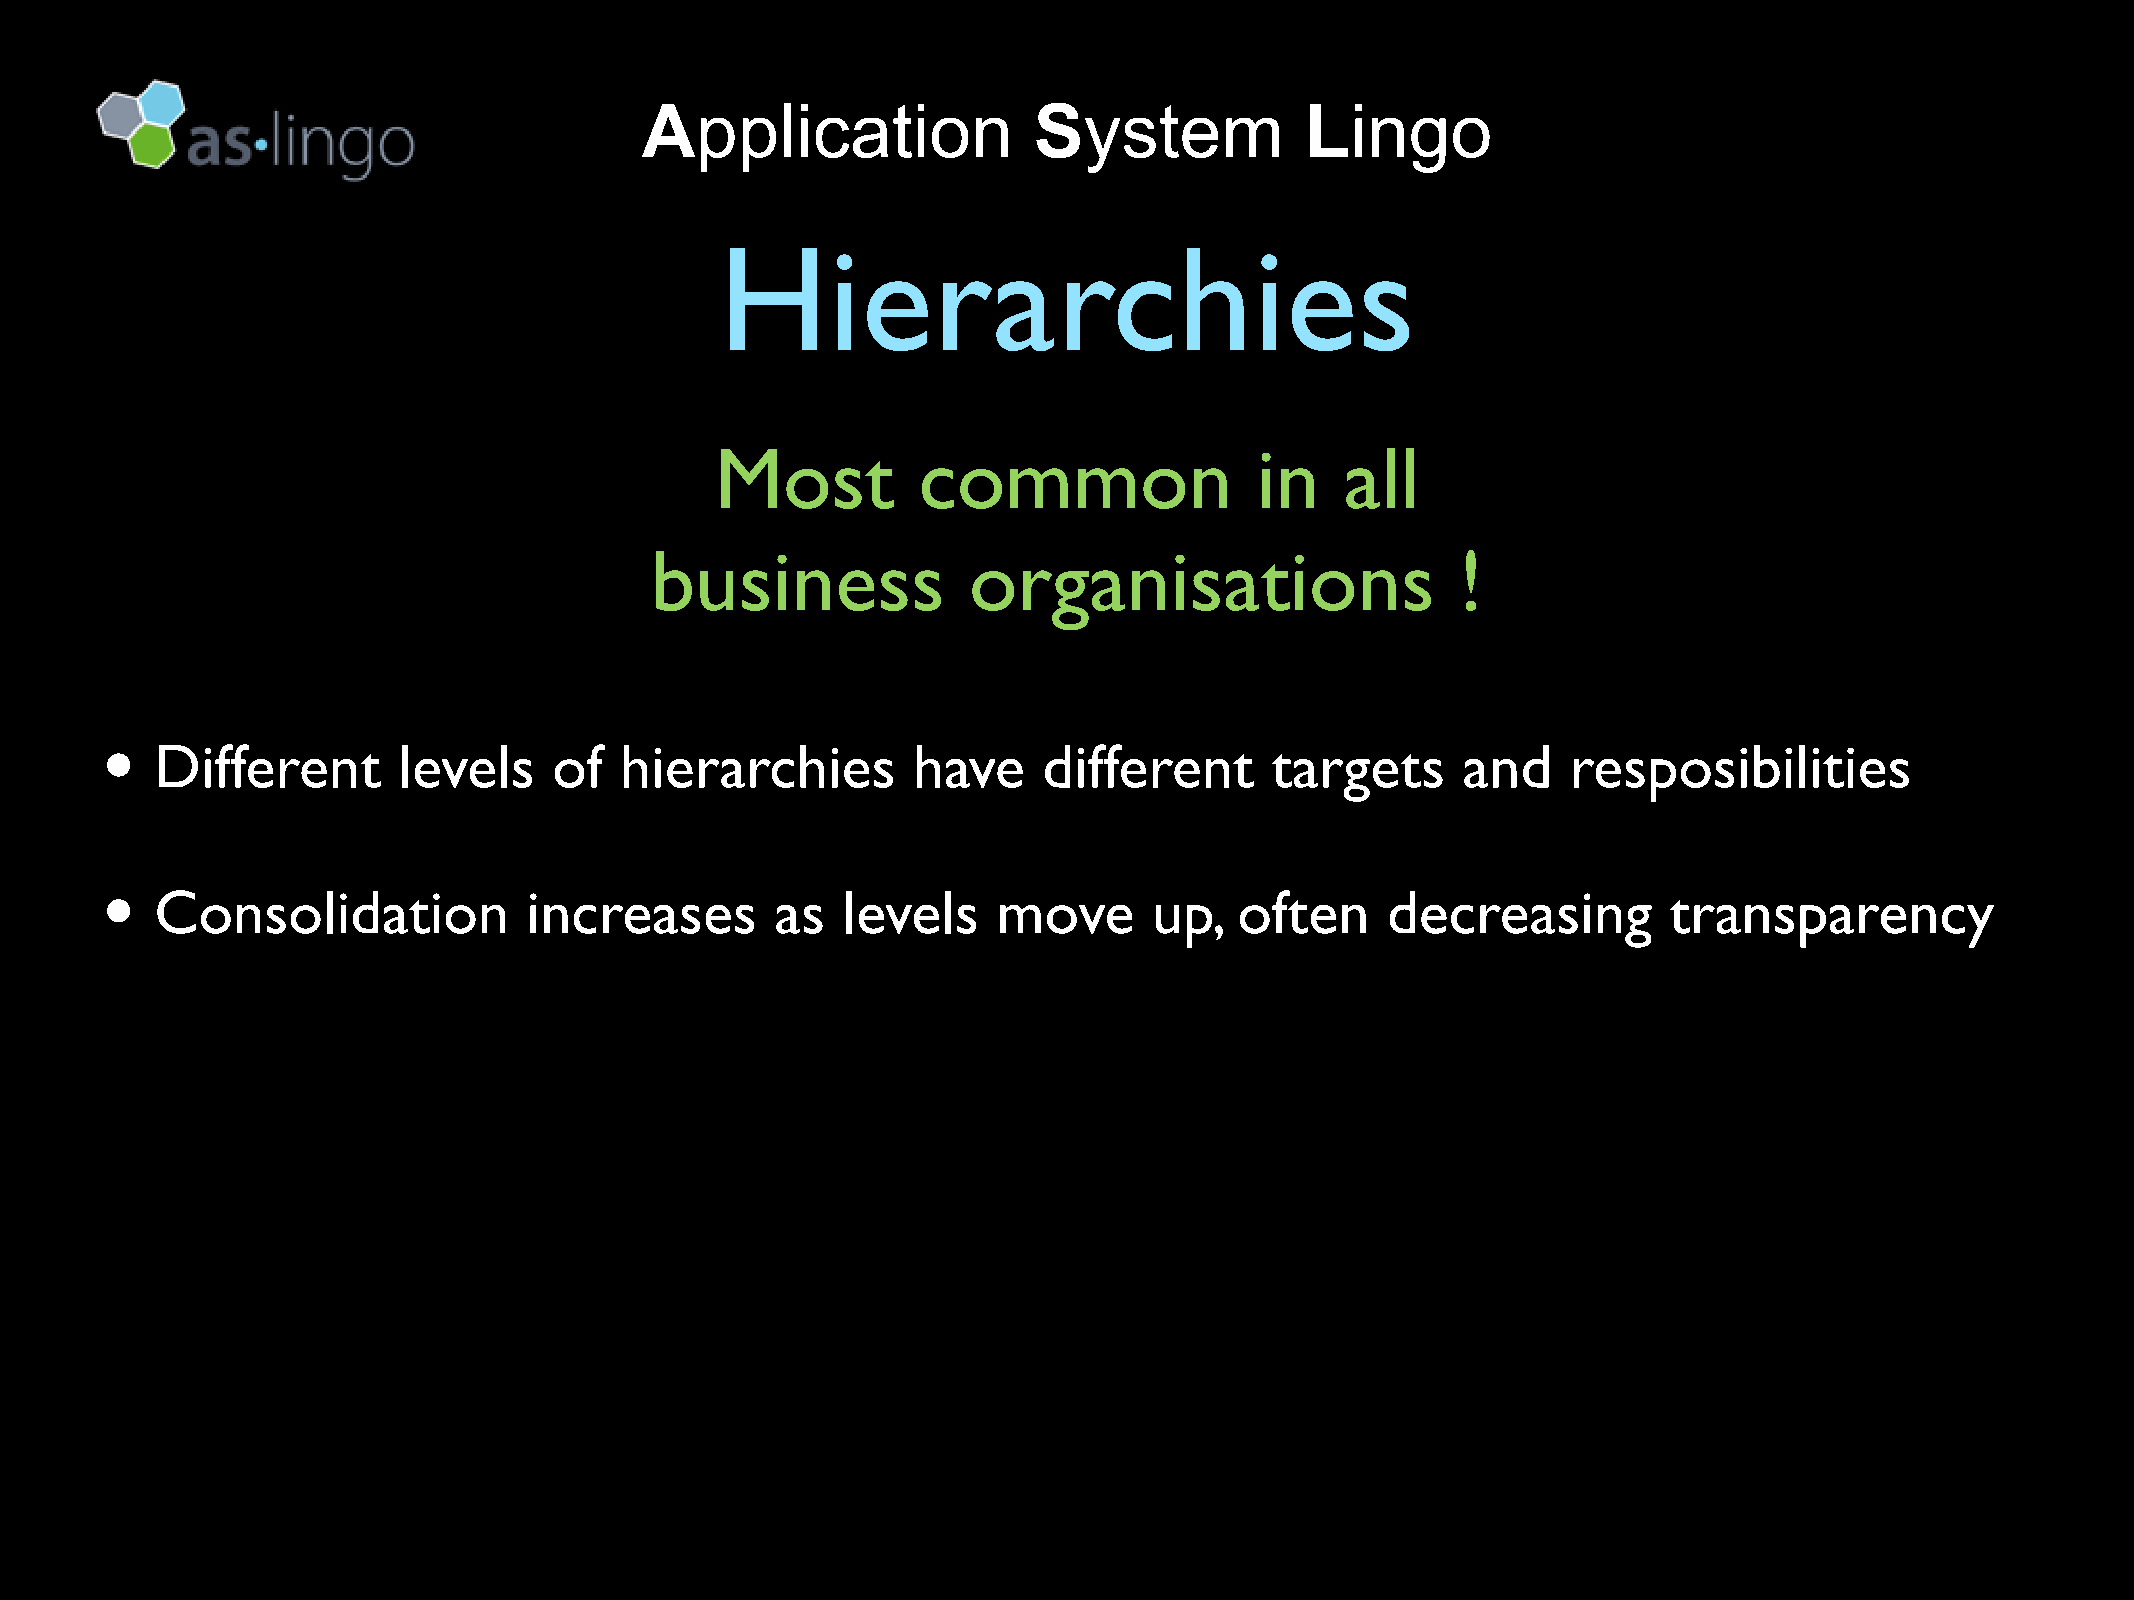
Application               System            Lingo
 Hierarchies
 Most          common                in    all
 business             organisations                    !
 •
 Different       levels     of  hierarchies        have     different      targets      and    resposibilities
 •
 Consolidation            increases       as   levels    move      up,   often     decreasing        transparency